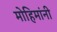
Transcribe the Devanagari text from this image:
मोहिमांनी